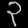
Digit: ၃